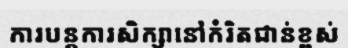
ការបន្តការសិក្សានៅកំរិតជាន់ខ្ពស់